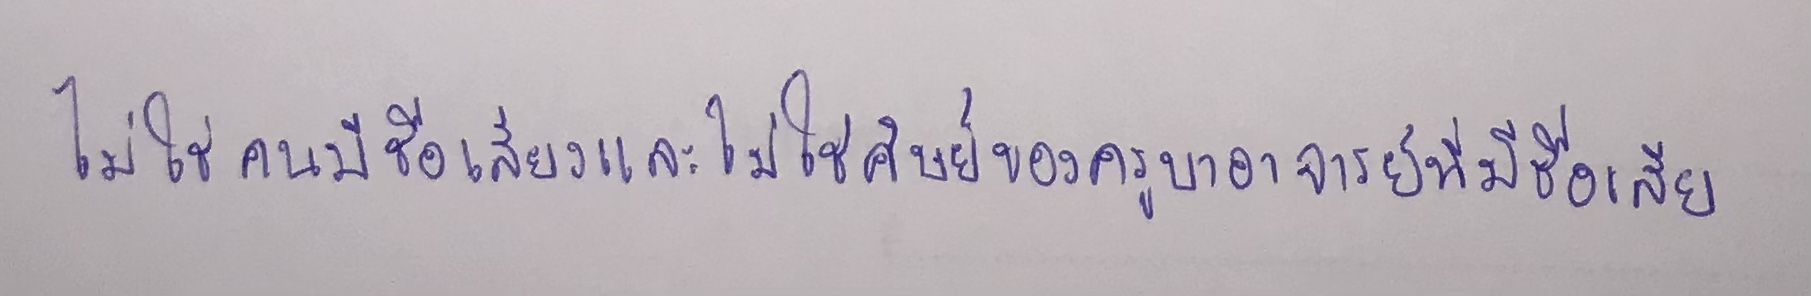
ไม่ใช่คนมีชื่อเสียงและไม่ใช่ศิษย์ของครูบาอาจารย์ที่มีชื่อเสียง"